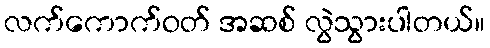
လက်ကောက်ဝတ် အဆစ် လွဲသွားပါတယ်။